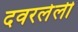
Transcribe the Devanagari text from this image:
दवरलेली